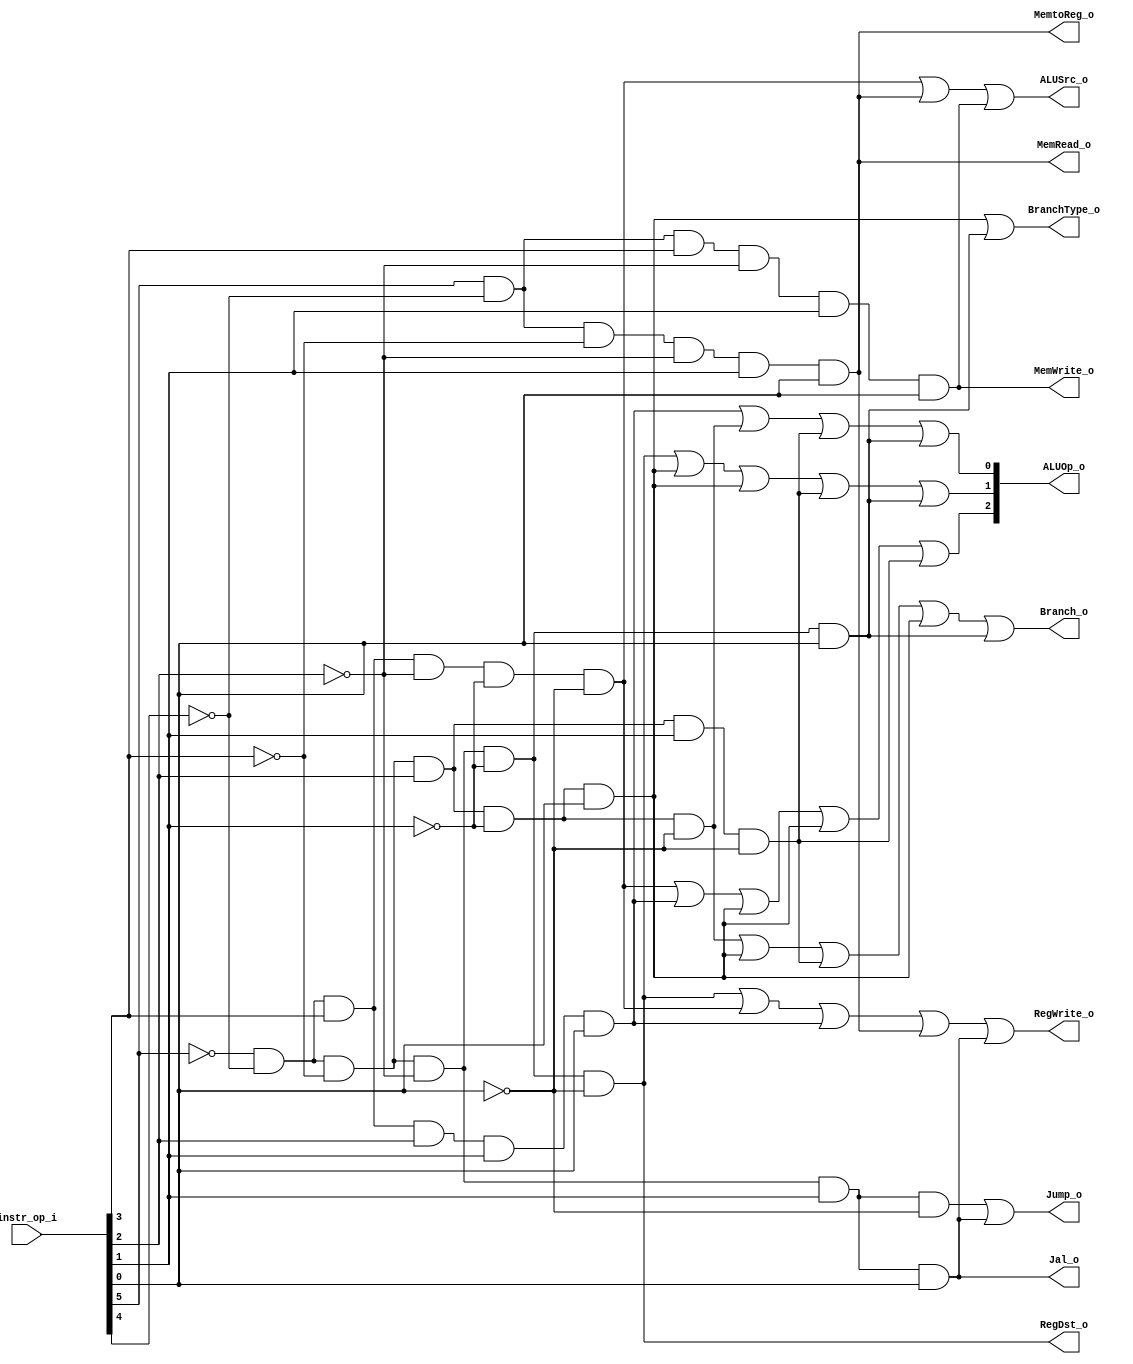
module Decoder( instr_op_i, RegWrite_o,	ALUOp_o, ALUSrc_o, RegDst_o, Branch_o, Jump_o, MemRead_o, MemWrite_o, MemtoReg_o , BranchType_o, Jal_o);
     
//I/O ports
input	[6-1:0] instr_op_i;

output			RegWrite_o;
output	[3-1:0] ALUOp_o;
output			ALUSrc_o;
output			RegDst_o;
output			Branch_o;
output			Jump_o;
output			MemRead_o;
output			MemWrite_o;
output			MemtoReg_o;
output			BranchType_o;
output			Jal_o;

//Internal Signals
wire	[3-1:0] ALUOp_o;
wire			ALUSrc_o;
wire			RegWrite_o;
wire			RegDst_o;
wire			Branch_o;
wire			Jump_o;
wire			MemRead_o;
wire			MemWrite_o;
wire			MemtoReg_o;
wire			BranchType_o;
wire			Jal_o;

//Main function
wire r_type;
wire addi;
wire lui;
wire lw;
wire sw;
wire beq;
wire blt;
wire bne;
wire bnez;
wire bgez;
wire jump;
wire jal;


assign r_type=~instr_op_i[5]&&~instr_op_i[4]&&~instr_op_i[3]&&~instr_op_i[2]&&~instr_op_i[1]&&~instr_op_i[0];
assign addi=~instr_op_i[5]&&~instr_op_i[4]&&instr_op_i[3]&&~instr_op_i[2]&&~instr_op_i[1]&&~instr_op_i[0];
assign lui=~instr_op_i[5]&&~instr_op_i[4]&&instr_op_i[3]&&instr_op_i[2]&&instr_op_i[1]&&instr_op_i[0];
assign lw=instr_op_i[5]&&~instr_op_i[4]&&~instr_op_i[3]&&~instr_op_i[2]&&instr_op_i[1]&&instr_op_i[0];
assign sw=instr_op_i[5]&&~instr_op_i[4]&&instr_op_i[3]&&~instr_op_i[2]&&instr_op_i[1]&&instr_op_i[0];
assign beq=~instr_op_i[5]&&~instr_op_i[4]&&~instr_op_i[3]&&instr_op_i[2]&&~instr_op_i[1]&&~instr_op_i[0];
assign bne=~instr_op_i[5]&&~instr_op_i[4]&&~instr_op_i[3]&&instr_op_i[2]&&~instr_op_i[1]&&instr_op_i[0];
assign jump=~instr_op_i[5]&&~instr_op_i[4]&&~instr_op_i[3]&&~instr_op_i[2]&&instr_op_i[1]&&~instr_op_i[0];
assign jal=~instr_op_i[5]&&~instr_op_i[4]&&~instr_op_i[3]&&~instr_op_i[2]&&instr_op_i[1]&&instr_op_i[0];
assign blt=~instr_op_i[5]&&~instr_op_i[4]&&~instr_op_i[3]&&instr_op_i[2]&&instr_op_i[1]&&~instr_op_i[0];
assign bnez=~instr_op_i[5]&&~instr_op_i[4]&&~instr_op_i[3]&&instr_op_i[2]&&~instr_op_i[1]&&instr_op_i[0];
assign bgez=~instr_op_i[5]&&~instr_op_i[4]&&~instr_op_i[3]&&~instr_op_i[2]&&~instr_op_i[1]&&instr_op_i[0];

assign RegDst_o=r_type;
assign RegWrite_o=r_type||addi||lui||lw||jal;
assign ALUOp_o[2]=addi||lui||bne||bnez||blt;
assign ALUOp_o[1]=r_type||bne||bnez||blt||bgez;
assign ALUOp_o[0]=lui||beq||blt||bgez;
assign ALUSrc_o=addi||lw||sw;
assign Branch_o=beq||bne||blt||bnez||bgez;
assign Jump_o=jump||jal;
assign MemRead_o=lw;
assign MemWrite_o=sw;
assign MemtoReg_o=lw;
assign BranchType_o=bne||bnez||bgez;
assign Jal_o=jal;

endmodule